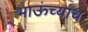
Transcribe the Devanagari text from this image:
भाऊंच्याच